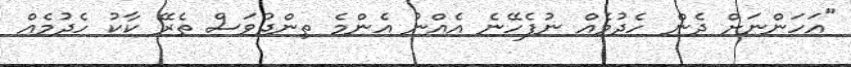
"އަހަންނަށް ދެން ހެދުމެއް ނުފެހޭނެ އެއްނު އެންމެ ތިންދުވަސް ތެރޭ ކާކު ހެދުމެއް